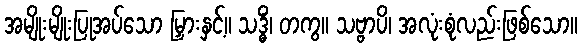
အမျိုးမျိုးပြုအပ်သော မြှားနှင့်။ သဒ္ဓိံ၊ တကွ။ သဗ္ဗာပိ၊ အလုံးစုံလည်းဖြစ်သော။